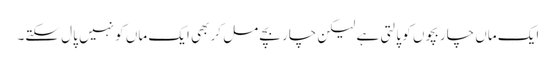
ایک ماں چار بچوں کو پالتی ہے لیکن چار بچے مل کر بھی ایک ماں کو نہیں پال سکتے۔